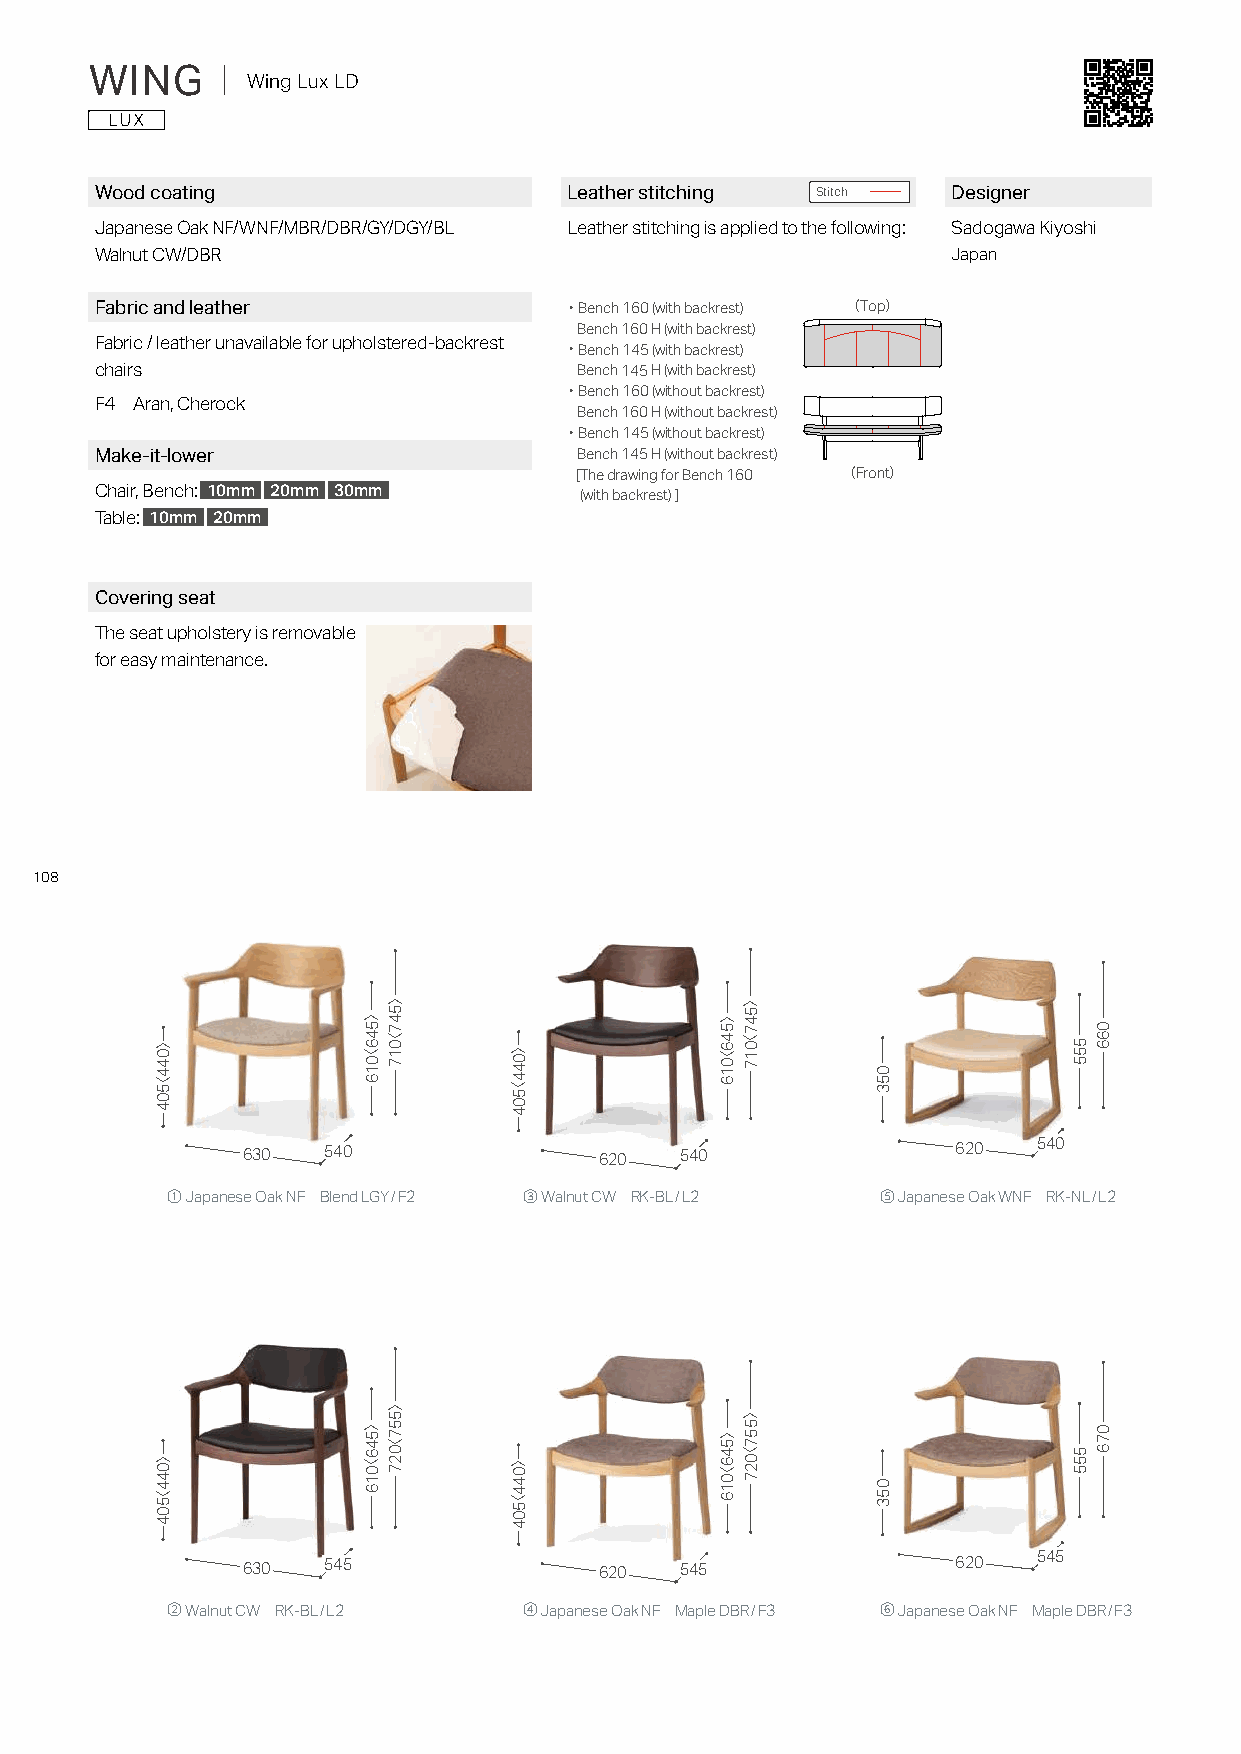
WING    ｜ Wing Lux LD
 Wood coating                    Leather stitching Stitch Designer
 Japanese Oak NF/WNF/MBR/DBR/GY/DGY/BL Leather stitching is applied to the following: Sadogawa Kiyoshi
 Walnut CW/DBR                                            Japan
 Fabric and leather             ・Bench 160 (with backrest) （Top）
 Bench 160 H (with backrest)
 Fabric / leather unavailable for upholstered-backrest ・Bench 145 (with backrest)
 chairs                          Bench 145 H (with backrest)
 ・Bench 160 (without backrest)
 F4 Aran, Cherock
 Bench 160 H (without backrest)
 ・Bench 145 (without backrest)
 Make-it-lower                   Bench 145 H (without backrest)
 [The drawing for Bench 160 （Front）
 Chair, Bench: 10mm 20mm 30mm    (with backrest)]
 Table: 10mm 20mm
 Covering seat
 The seat upholstery is removable
 for easy maintenance.
 108
 630  540                620  540               620   540
 ① Japanese Oak NF Blend LGY/F2 ③ Walnut CW RK-BL/L2 ⑤ Japanese Oak WNF RK-NL/L2
 630  545                620  545               620   545
 ② Walnut CW RK-BL/L2    ④ Japanese Oak NF Maple DBR/F3 ⑥ Japanese Oak NF Maple DBR/F3
 〉044〈504
 〉044〈504
 〉546〈016
 〉546〈016
 〉547〈017
 〉557〈027
 〉044〈504
 〉044〈504
 〉546〈016
 〉546〈016
 〉547〈017
 〉557〈027
 053
 053
 555
 555
 066
 076